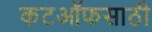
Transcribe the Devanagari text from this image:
कटऑफसाठी